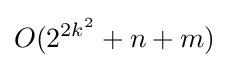
O(2^{2k^{2}}+n+m)